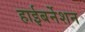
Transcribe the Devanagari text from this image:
हाईबर्नेशन